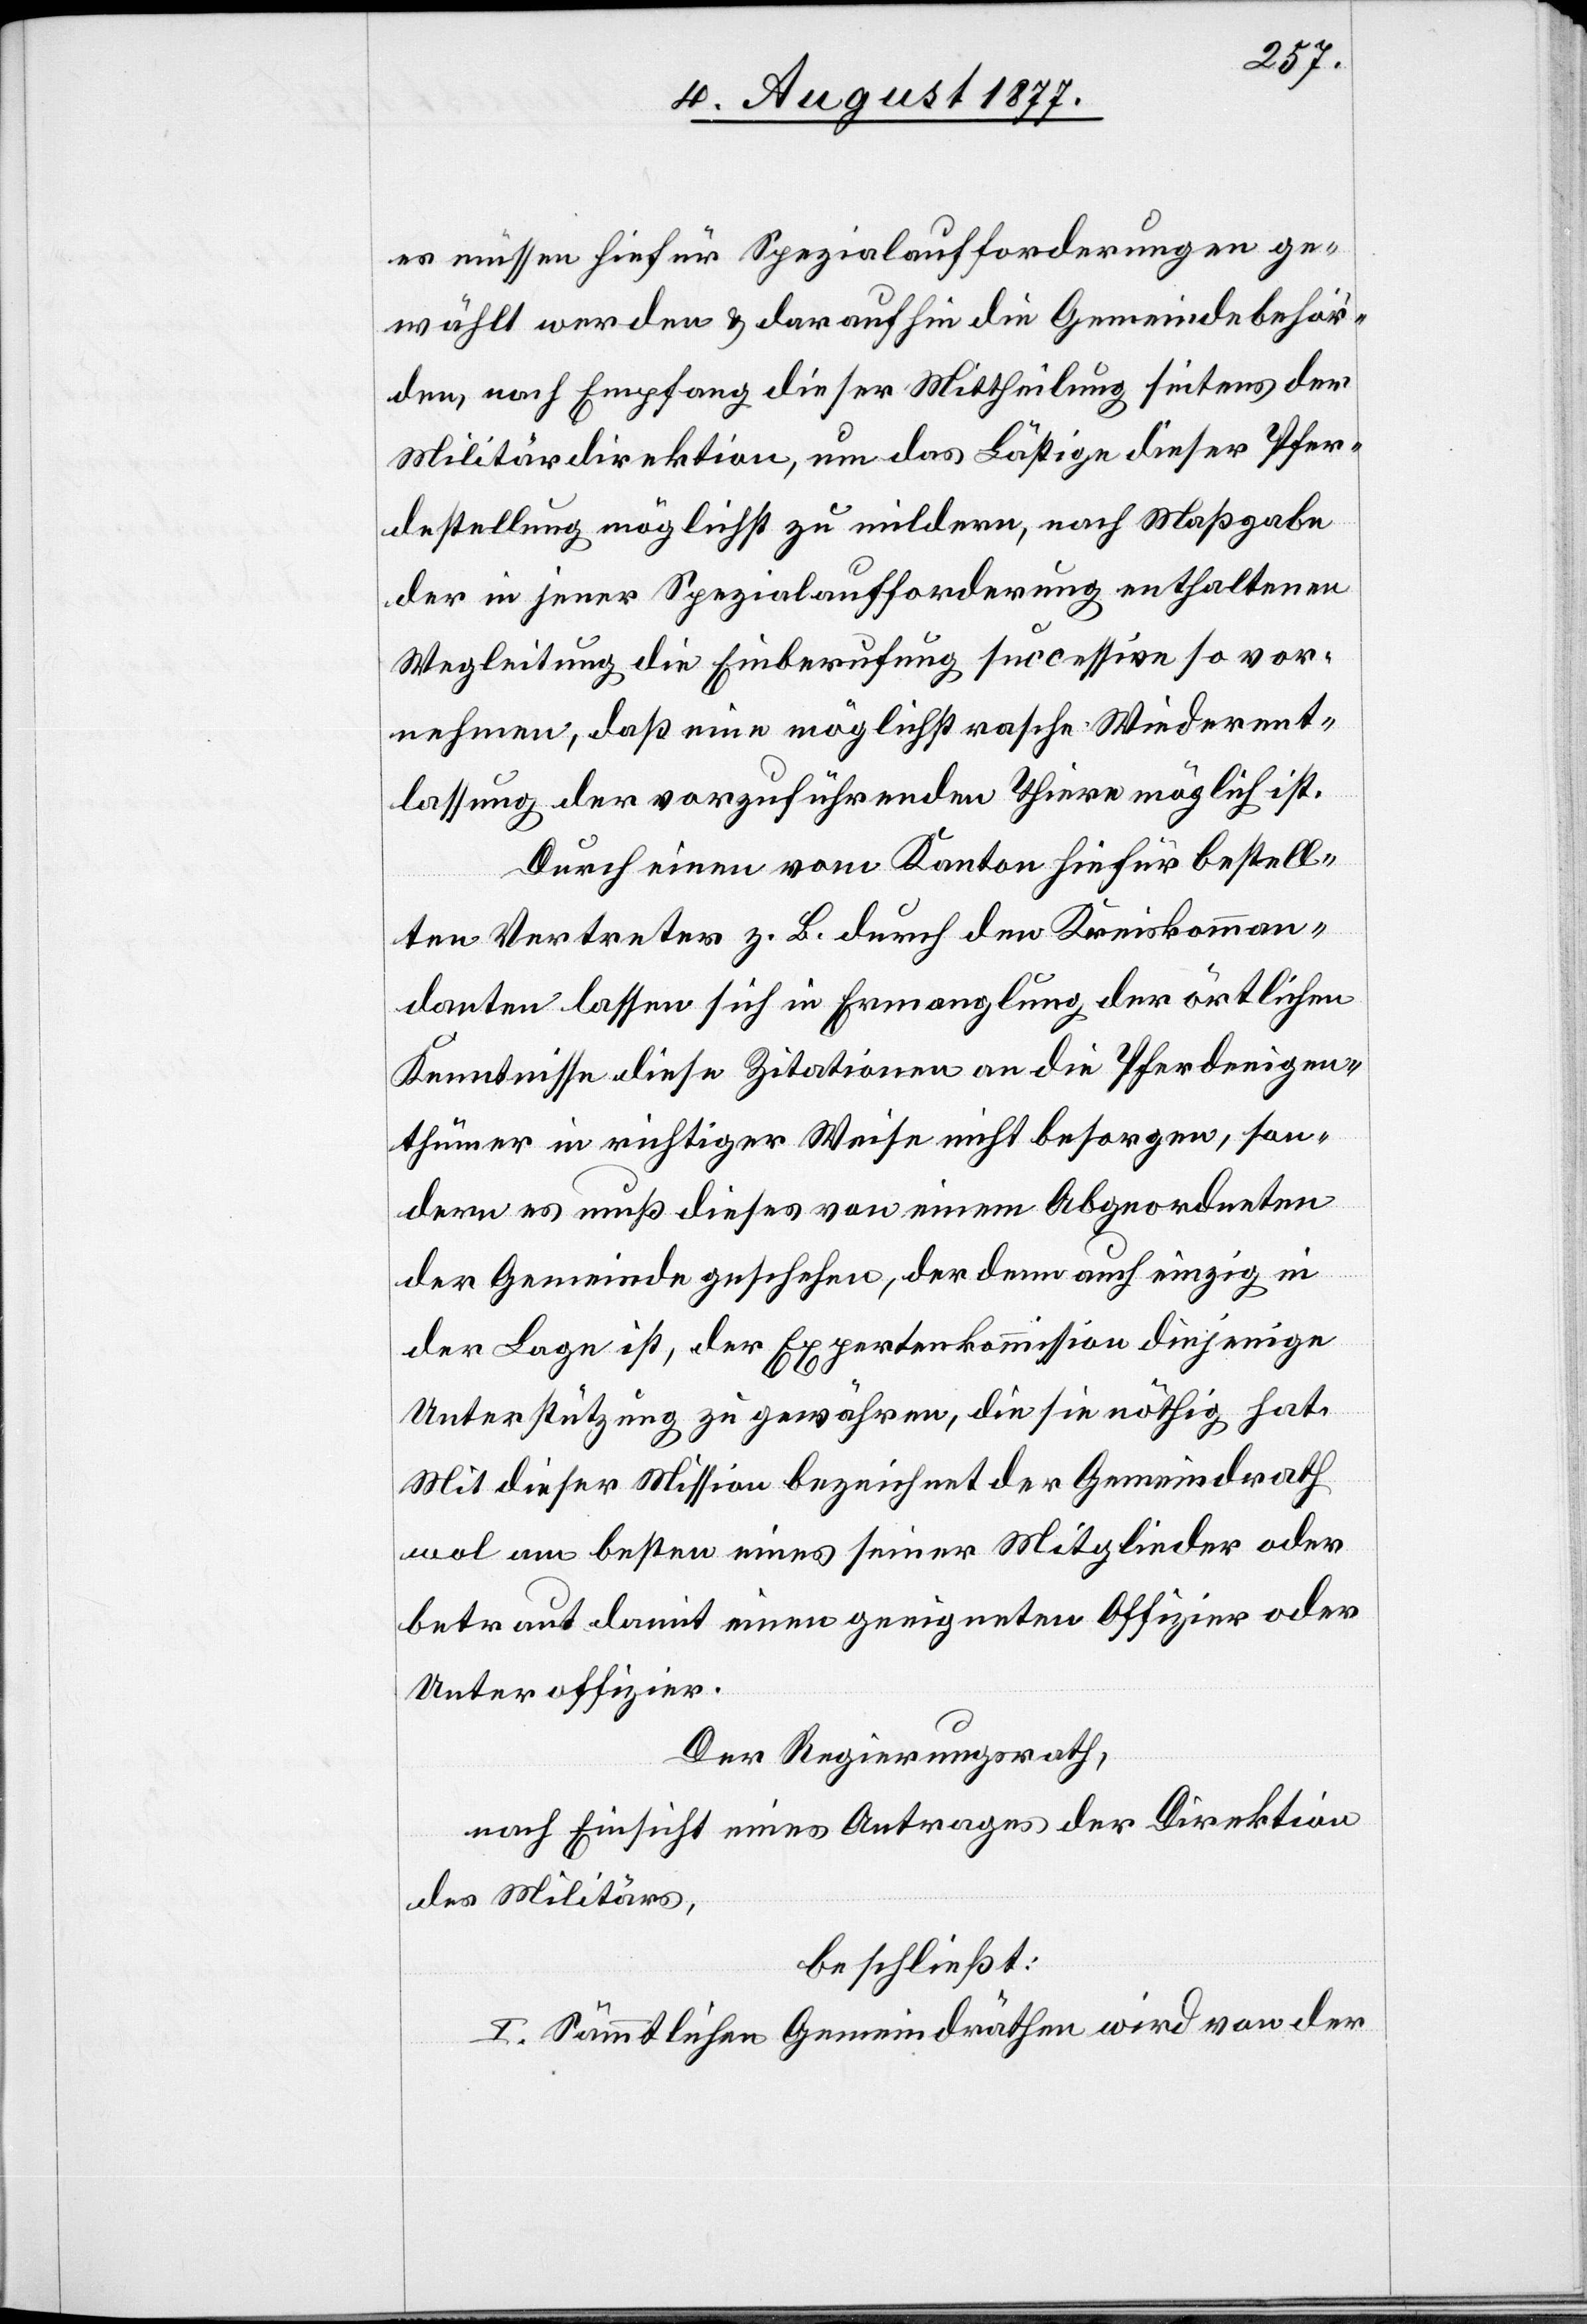
es müssen hiefür Spezialaufforderungen ge¬
wählt werden & daraufhin die Gemeindebehör¬
den, nach Empfang dieser Mittheilung seitens der
Militärdirektion, um das Lästige dieser Pfer¬
destellung möglichst zu mildern, nach Maßgabe
der in jener Spezialaufforderung enthaltenen
Wegleitung die Einberufung successive so vor¬
nehmen, daß eine möglichst rasche Wiederent¬
lassung der vorzuführenden Thiere möglich ist.
Durch einen vom Kanton hiefür bestell¬
ten Vertreter z. B. durch den Kreiskomman¬
danten lassen sich in Ermanglung der örtlichen
Kenntnisse diese Zitationen an die Pferdeeigen¬
thümer in richtiger Weise nicht besorgen, son¬
dern es muß dieses von einem Abgeordneten
der Gemeinde geschehen, der denn auch einzig in
der Lage ist, der Expertenkommission diejenige
Unterstützung zu gewähren, die sie nöthig hat.
Mit dieser Mission bezeichnet der Gemeindrath
wol am besten eines seiner Mitglieder oder
betraut damit einen geeigneten Offizier oder
Unteroffizier.
Der Regierungsrath,
nach Einsicht eines Antrages der Direktion
des Militärs,
beschließt:
I. Sämmtlichen Gemeindräthen wird von der